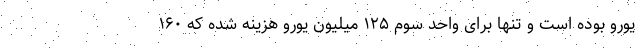
یورو بوده است و تنها برای واحد سوم ۱۲۵ میلیون یورو هزینه شده که ۱۶۰